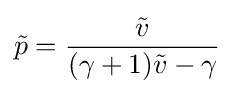
{\tilde {p}}={\frac {\tilde {v}}{(\gamma +1){\tilde {v}}-\gamma }}